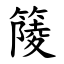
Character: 䉄